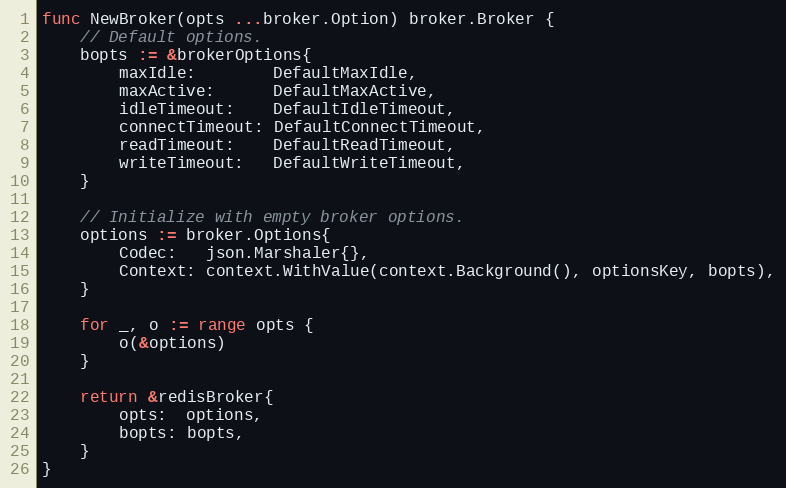
Language: Go
func NewBroker(opts ...broker.Option) broker.Broker {
	// Default options.
	bopts := &brokerOptions{
		maxIdle:        DefaultMaxIdle,
		maxActive:      DefaultMaxActive,
		idleTimeout:    DefaultIdleTimeout,
		connectTimeout: DefaultConnectTimeout,
		readTimeout:    DefaultReadTimeout,
		writeTimeout:   DefaultWriteTimeout,
	}

	// Initialize with empty broker options.
	options := broker.Options{
		Codec:   json.Marshaler{},
		Context: context.WithValue(context.Background(), optionsKey, bopts),
	}

	for _, o := range opts {
		o(&options)
	}

	return &redisBroker{
		opts:  options,
		bopts: bopts,
	}
}